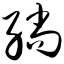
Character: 绱